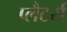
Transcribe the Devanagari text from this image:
प्लैटर्स